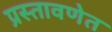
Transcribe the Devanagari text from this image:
प्रस्तावणेत